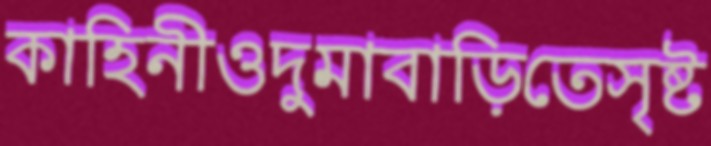
কাহিনীওদুমাবাড়িতেসৃষ্ট